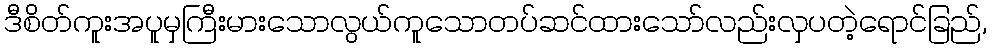
ဒီစိတ်ကူးအပူမှကြီးမားသောလွယ်ကူသောတပ်ဆင်ထားသော်လည်းလှပတဲ့ရောင်ခြည်,